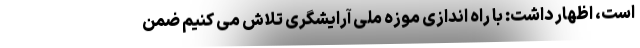
است، اظهار داشت: با راه اندازی موزه ملی آرایشگری تلاش می کنیم ضمن